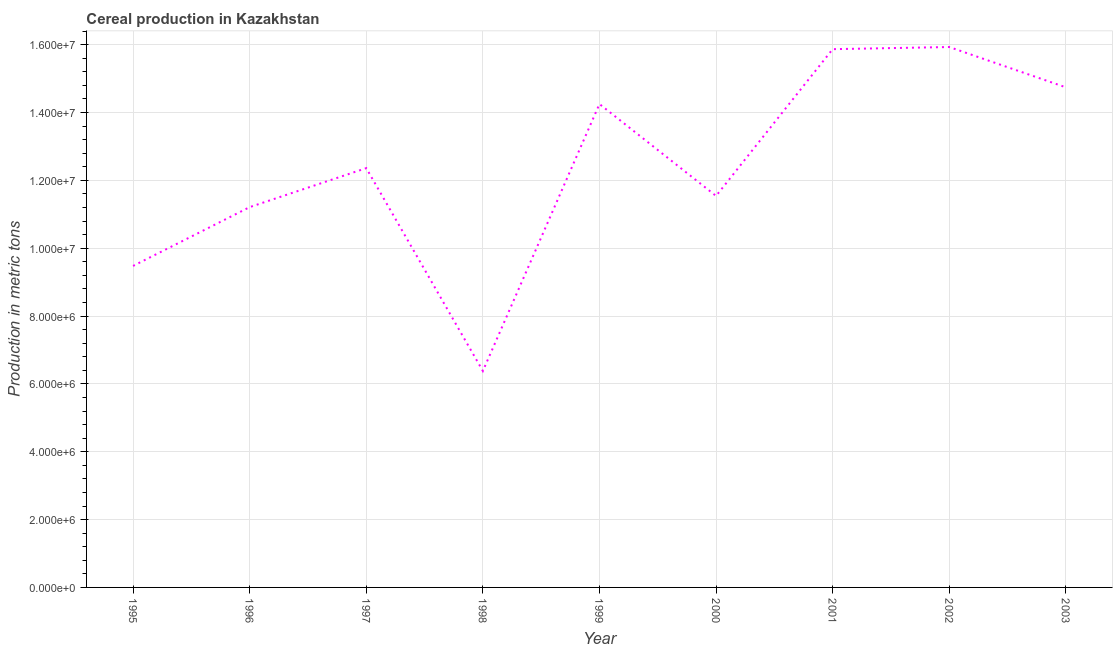
| Year | Cereal production |
 | --- | --- |
 | 1995 | 9.48e+06 |
 | 1996 | 1.12e+07 |
 | 1997 | 1.24e+07 |
 | 1998 | 6.38e+06 |
 | 1999 | 1.42e+07 |
 | 2000 | 1.15e+07 |
 | 2001 | 1.59e+07 |
 | 2002 | 1.59e+07 |
 | 2003 | 1.47e+07 |